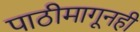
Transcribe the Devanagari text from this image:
पाठीमागूनही